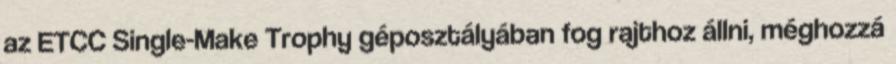
az ETCC Single-Make Trophy géposztályában fog rajthoz állni, méghozzá